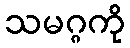
သမဂ္ဂကို